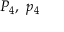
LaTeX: P _ { 4 } , \ p _ { 4 }